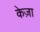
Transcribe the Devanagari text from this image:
केज़ा